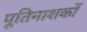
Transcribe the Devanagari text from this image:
पूतिनाशकों